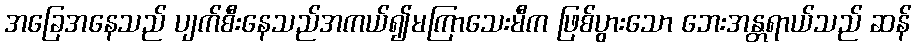
အခြေအနေသည် ပျက်စီးနေသည်အကယ်၍မကြာသေးမီက ဖြစ်ပွားသော ဘေးအန္တရာယ်သည် ဆန်